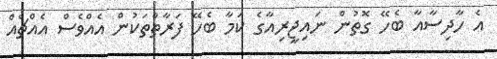
އެ ހާދިސާއާ ބެހޭ ގޮތުން ނައިޖީރިއާގެ ކަމާ ބެހޭ ފަރާތްތަކުން އެއްވެސް އެއްޗެއް